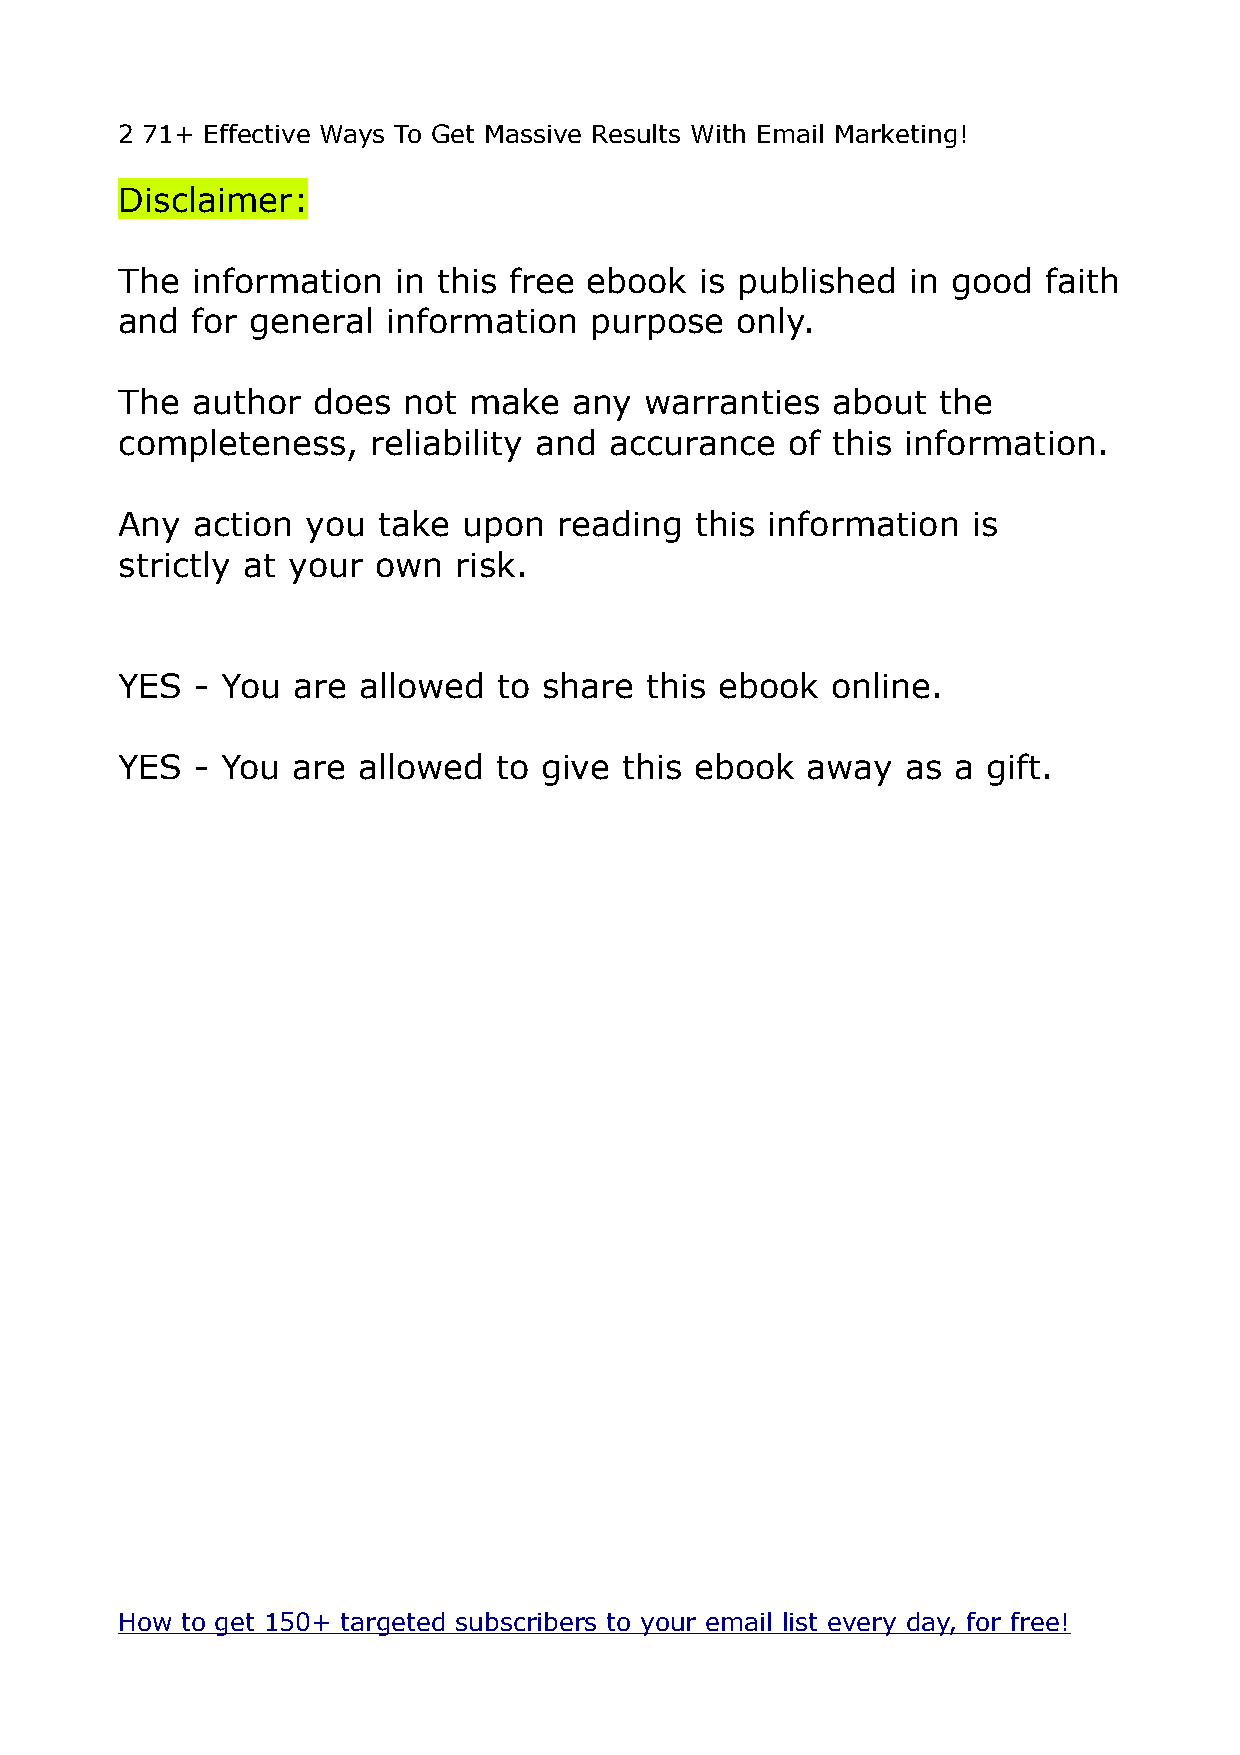
2 71+ Effective Ways To Get Massive Results With Email Marketing!
 Disclaimer:
 The  information  in this free ebook  is published  in good  faith
 and  for general  information  purpose   only.
 The  author  does  not make   any  warranties  about  the
 completeness,    reliability and accurance  of this information.
 Any  action you  take  upon  reading  this information  is
 strictly at your own  risk.
 YES  - You are  allowed  to share  this ebook  online.
 YES  - You are  allowed  to give this ebook  away   as a gift.
 How to get 150+ targeted subscribers to your email list every day, for free!